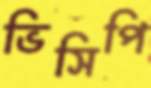
ভিসিপি